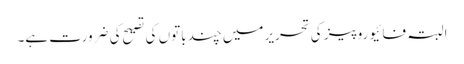
البتہ فائیو روپیز کی تحریر میں چند باتوں کی تصیح کی ضرورت ہے۔